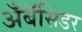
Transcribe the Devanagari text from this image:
अँबॅसिडर